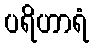
ပရိဟာရံ